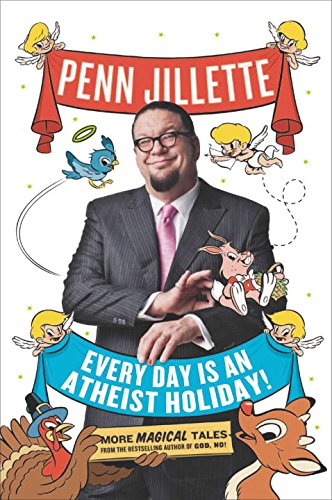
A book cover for Every Day Is an Atheist Holiday!: More Magical Tales from the Bestselling Author of God, No!; Penn Jillette; Humor & Entertainment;